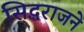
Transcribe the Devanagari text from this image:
सिद्धराजने